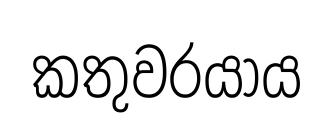
කතුවරයාය